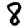
Digit: 8